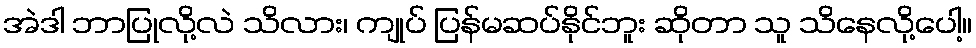
အဲဒါ ဘာပြုလို့လဲ သိလား၊ ကျုပ် ပြန်မဆပ်နိုင်ဘူး ဆိုတာ သူ သိနေလို့ပေါ့။